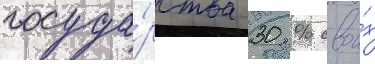
госуда́рства 30 % свои́х